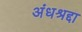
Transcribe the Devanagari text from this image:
अंधश्रद्दा